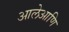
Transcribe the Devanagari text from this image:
आलेआणि